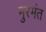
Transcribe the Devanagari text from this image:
मुरमंत